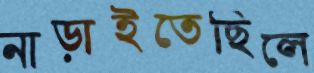
নাড়াইতেছিলে